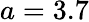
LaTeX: a=3.7